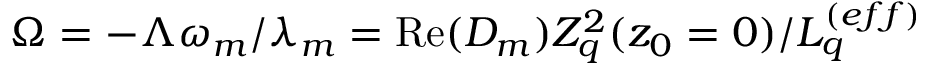
\Omega = - \Lambda \omega _ { m } / \lambda _ { m } = \operatorname { R e } ( D _ { m } ) Z _ { q } ^ { 2 } ( z _ { 0 } = 0 ) / L _ { q } ^ { ( e f f ) }